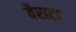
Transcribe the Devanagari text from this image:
बैराटा